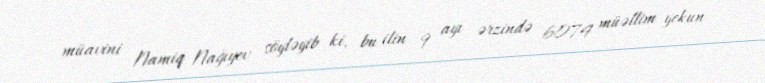
müavini Namiq Nağıyev söyləyib ki, bu ilin 9 ayı ərzində 6074 müəllim yekun